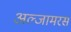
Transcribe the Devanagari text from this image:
अल्जामरर्स